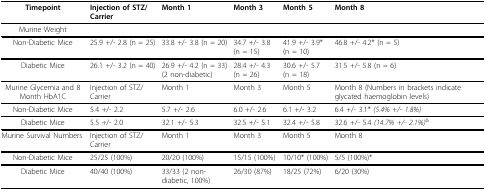
| Timepoint | Injection of STZ/Carrier | Month 1 | Month 3 | Month 5 | Month 8 |
 | --- | --- | --- | --- | --- | --- |
 | Murine Weight |  |  |  |  |  |
 | Non-Diabetic Mice | 25.9 +/- 2.8 (n = 25) | 33.8 +/- 3.8 (n = 20) | 34.7 +/- 3.8 (n = 15) | 41.9 +/- 3.9* (n = 10) | 46.8 +/- 4.2* (n = 5) |
 | Diabetic Mice | 26.1 +/- 3.2 (n = 40) | 26.9 +/- 4.2 (n = 33) (2 non-diabetic) | 28.4 +/- 4.3 (n = 26) | 30.6 +/- 5.7 (n = 18) | 31.5 +/- 5.8 (n = 6) |
 | Murine Glycemia and 8 Month HbA1C | Injection of STZ/Carrier | Month 1 | Month 3 | Month 5 | Month 8 (Numbers in brackets indicate glycated haemoglobin levels) |
 | Non-Diabetic Mice | 5.4 +/- 2.2 | 5.7 +/- 2.6 | 6.0 +/- 2.6 | 6.1 +/- 3.2 | 6.4 +/- 3.1* (5.4% +/- 1.8%) |
 | Diabetic Mice | 5.5 +/- 2.0 | 32.1 +/- 5.3 | 32.5 +/- 5.1 | 32.4 +/- 5.8 | 32.6 +/- 5.4 (14.7% +/- 2.1%)& |
 | Murine Survival Numbers | Injection of STZ/Carrier | Month 1 | Month 3 | Month 5 | Month 8 |
 | Non-Diabetic Mice | 25/25 (100%) | 20/20 (100%) | 15/15 (100%) | 10/10* (100%) | 5/5 (100%)* |
 | Diabetic Mice | 40/40 (100%) | 33/33 (2 non-diabetic, 100%) | 26/30 (87%) | 18/25 (72%) | 6/20 (30%) |